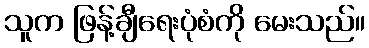
သူက ဖြန့်ချီရေးပုံစံကို မေးသည်။